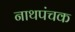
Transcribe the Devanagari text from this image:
नाथपंचक